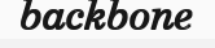
backbone